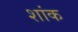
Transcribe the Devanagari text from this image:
शांक